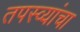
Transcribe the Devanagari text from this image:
तपस्व्यांचा